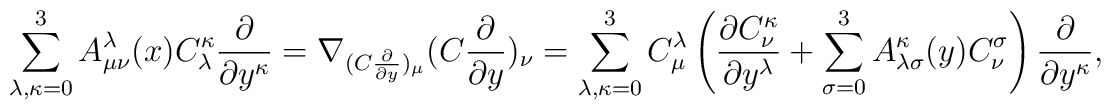
\sum_{\lambda, \kappa = 0}^{3} A_{\mu \nu}^{\lambda}(x)C_{\lambda}^{\kappa}\frac{\partial }{\partial y^{\kappa }} = \nabla_{(C\frac{\partial }{\partial y})_{\mu}}(C\frac{\partial }{\partial y})_{\nu} =\sum_{\lambda, \kappa = 0}^{3} C_{\mu}^{\lambda}\left( \frac{\partial C_{\nu}^{\kappa}}{\partial y^{\lambda }} +\sum_{\sigma = 0}^{3} A_{\lambda \sigma}^{\kappa}(y)C_{\nu}^{\sigma}\right)\frac{\partial }{\partial y^{\kappa }},